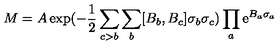
M = A \exp ( - \frac { 1 } { 2 } \sum _ { c > b } \sum _ { b } [ B _ { b } , B _ { c } ] \sigma _ { b } \sigma _ { c } ) \prod _ { a } \mathrm { e } ^ { B _ { a } \sigma _ { a } }